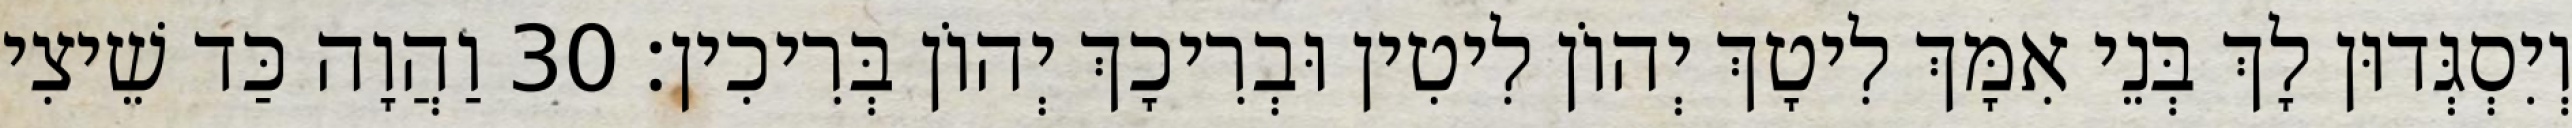
וְיִסְגְּדוּן לָךְ בְּנֵי אִמָּךְ לִיטָךְ יְהוֹן לִיטִין וּבְרִיכָךְ יְהוֹן בְּרִיכִין׃ 30 וַהֲוָה כַּד שֵׁיצִי